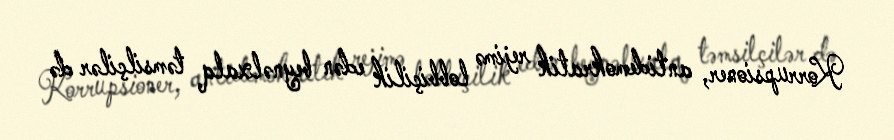
Korrupsioner, antidemokratik rejimə lobbiçilik edən beynəlxalq təmsilçilər də